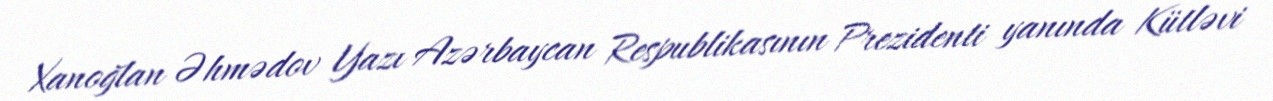
Xanoğlan Əhmədov Yazı Azərbaycan Respublikasının Prezidenti yanında Kütləvi